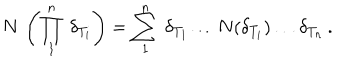
N \, \left( \prod _ { 1 } ^ { n } \, \delta _ { T _ { i } } \right) = \sum _ { 1 } ^ { n } \, \delta _ { T _ { 1 } } \ldots N ( \delta _ { T _ { i } } ) \ldots \delta _ { T _ { n } } \, .